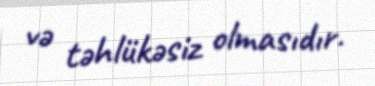
və təhlükəsiz olmasıdır.